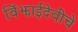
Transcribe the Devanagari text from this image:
विंझाईदेवीचे